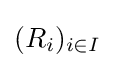
(R_{i})_{i\in I}